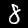
Digit: 8